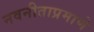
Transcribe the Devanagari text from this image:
नवनीताप्रमाणे